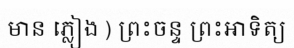
មាន ភ្លៀង ) ព្រះចន្ទ ព្រះអាទិត្យ